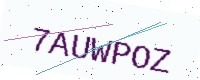
Text: 7AUWPOZ